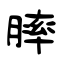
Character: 膟